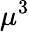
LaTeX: \mu^{3}